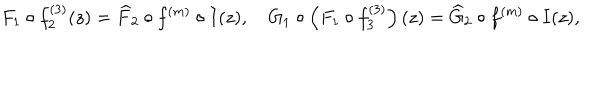
F _ { 1 } \circ f _ { 2 } ^ { ( 3 ) } ( z ) = \widehat { F } _ { 2 } \circ f ^ { ( m ) } \circ I ( z ) , \quad G _ { 1 } \circ \left( F _ { 1 } \circ f _ { 3 } ^ { ( 3 ) } \right) ( z ) = \widehat { G } _ { 2 } \circ f ^ { ( m ) } \circ I ( z ) ,